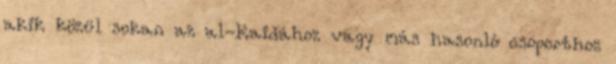
akik közül sokan az al-Kaidához vagy más hasonló csoporthoz